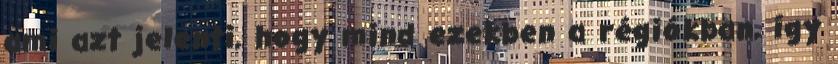
ami azt jelenti, hogy mind ezekben a régiókban, így